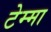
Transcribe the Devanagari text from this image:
टेम्मा